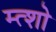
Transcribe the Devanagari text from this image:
म्त्शो